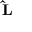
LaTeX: \mathbf { \hat { L } }